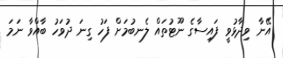
އޭނާ ވިދާޅުވީ ފައިސާގެ ނޫޓުތައް ލެނބުމަށް ފަހު ގިނަ ދުވަހު ބާއްވާ ނަމަ